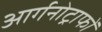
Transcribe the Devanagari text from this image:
आर्गनोट्राफों